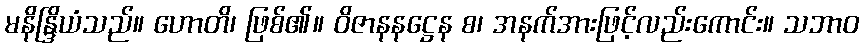
မနိန္ဒြိယံသည်။ ဟောတိ၊ ဖြစ်၏။ ဝိဇာနနဋ္ဌေန စ၊ အနက်အားဖြင့်လည်းကောင်း။ သဘာဝ